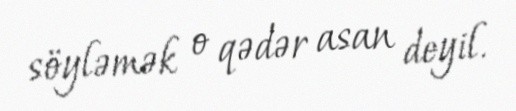
söyləmək o qədər asan deyil.